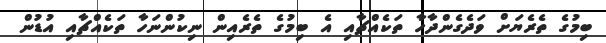
ބިމުގެ ތެރެޔަށް ވަދެގެންދާހާ ތަކެއްޗާއި އެ ބިމުގެ ތެރެއިން ނިކުންނަހާ ތަކެއްޗާއި އުޑުން